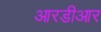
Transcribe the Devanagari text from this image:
आरडीआर